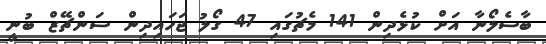
ބާސެލޯނާ އަށް ކުޅެދިން 141 މެޗުގައި 47 ގޯލު ޖަހައިދިން ސަންޗޭޒް ބުނީ